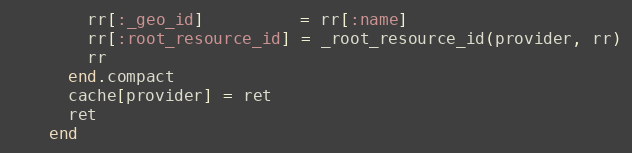
Language: Ruby
        rr[:_geo_id]          = rr[:name]
        rr[:root_resource_id] = _root_resource_id(provider, rr)
        rr
      end.compact
      cache[provider] = ret
      ret
    end